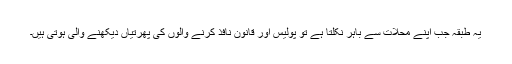
یہ طبقہ جب اپنے محلات سے باہر نکلتا ہے تو پولیس اور قانون نافذ کرنے والوں کی پھرتیاں دیکھنے والی ہوتی ہيں۔